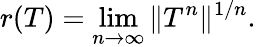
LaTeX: r(T)=\operatorname*{lim}_{n\to\infty}\| T^{n}\| ^{1/n}.